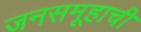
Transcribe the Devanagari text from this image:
जनसमूहाची